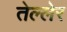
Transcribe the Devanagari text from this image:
तेल्लेर